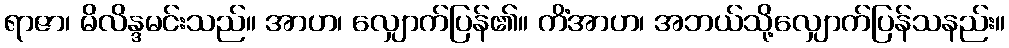
ရာဇာ၊ မိလိန္ဒမင်းသည်။ အာဟ၊ လျှောက်ပြန်၏။ ကိံအာဟ၊ အဘယ်သို့လျှောက်ပြန်သနည်း။